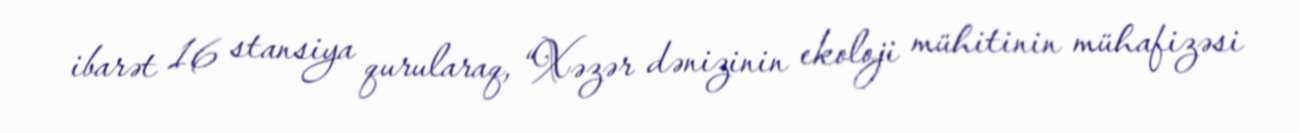
ibarət 16 stansiya qurularaq, “Xəzər dənizinin ekoloji mühitinin mühafizəsi